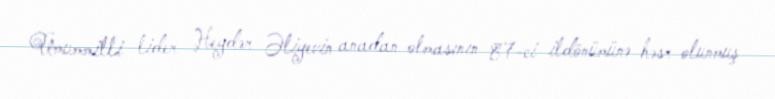
Ümummilli lider Heydər Əliyevin anadan olmasının 87-ci ildönümünə həsr olunmuş